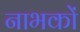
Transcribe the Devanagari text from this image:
नाभकों